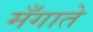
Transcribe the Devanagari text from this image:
मँगाते